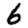
Digit: 6